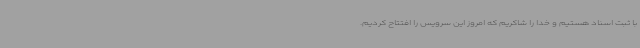
با ثبت اسناد هستیم و خدا را شاکریم که امروز این سرویس را افتتاح کردیم.